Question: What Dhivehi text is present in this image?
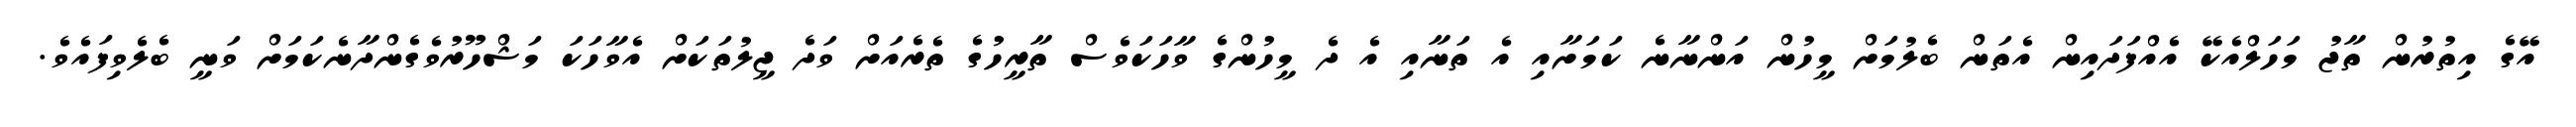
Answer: އޭގެ އިތުރުން ތާޖު މަހަލްއެކޭ އެއްފަދައިން އެތަން ބެލުމަށް މީހުން އަންނާނެ ކަމަށާއި އެ ތަނާއި އެ ދެ މީހުންގެ ވާހަކަވެސް ތާރީހުގެ ތެރެއަށް ވަދެ ޖީލުތަކަށް އެވާހަކަ މަޝްހޫރުވެގެންދާނެކަމަށް ވަނީ ބެލެވިފައެވެ.